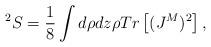
LaTeX: \begin{align*}^2S = \frac {1}{8}\int d\rho dz \rho Tr\left [(J^M)^2 \right],\end{align*}